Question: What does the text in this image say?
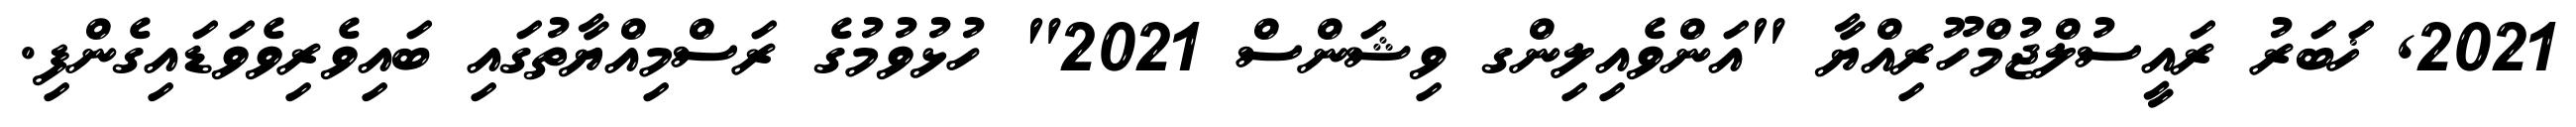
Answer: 2021, ޚަބަރު ރައީސުލްޖުމްހޫރިއްޔާ "އަންވެއިލިންގ ވިޝަންސް 2021" ހުޅުވުމުގެ ރަސްމިއްޔާތުގައި ބައިވެރިވެވަޑައިގެންފި.